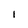
Character: l